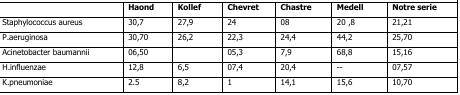
<table><thead><tr><td></td><td><b>Haond</b></td><td><b>Kollef</b></td><td><b>Chevret</b></td><td><b>Chastre</b></td><td><b>Medell</b></td><td><b>Notre serie</b></td></tr></thead><tbody><tr><td>Staphylococcus aureus</td><td>30,7</td><td>27,9</td><td>24</td><td>08</td><td>20 ,8</td><td>21,21</td></tr><tr><td>P.aeruginosa</td><td>30,70</td><td>26,2</td><td>22,3</td><td>24,4</td><td>44,2</td><td>25,70</td></tr><tr><td>Acinetobacter baumannii</td><td>06,50</td><td></td><td>05,3</td><td>7,9</td><td>68,8</td><td>15,16</td></tr><tr><td>H.influenzae</td><td>12,8</td><td>6,5</td><td>07,4</td><td>20,4</td><td>--</td><td>07,57</td></tr><tr><td>K.pneumoniae</td><td>2.5</td><td>8,2</td><td>1</td><td>14,1</td><td>15,6</td><td>10,70</td></tr></tbody></table>